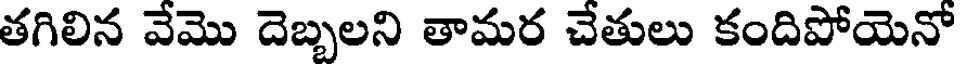
తగిలిన వేమొ దెబ్బలని తామర చేతులు కందిపోయెనో